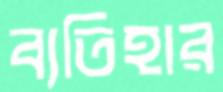
ব্যতিহার